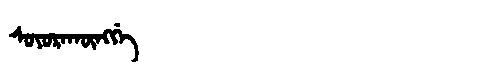
Manchu: ᠰᠣᠶᠣᡵᠠᡴᡡᠩᡤᡝ
Romanization: SOYORAKŪNGGE